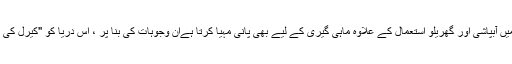
یہ دریا اپنے پورے راستے میں آبپاشی اور گھریلو استعمال کے علاوہ ماہی گیری کے لیے بھی پانی مہیا کرتا ہےان وجوہات کی بنا پر ، اس دریا کو "کیرل کی لائف لائن" کا نام دیا گیا ہے۔